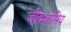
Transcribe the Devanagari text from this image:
जीवशास्त्रिय